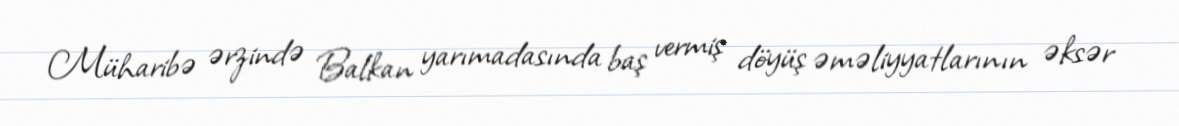
Müharibə ərzində Balkan yarımadasında baş vermiş döyüş əməliyyatlarının əksər